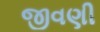
જીવણી